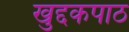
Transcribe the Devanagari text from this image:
खुद्दकपाठ